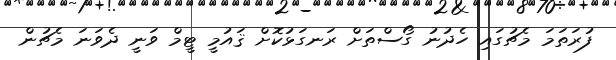
ފުރަތަމަ މެޗުގައި ހެދުނު ގޯސްތަށް ރަނގަޅުކޮށް ޤައުމީ ޓީމް ވަނީ ދެވަނަ މެޗުން